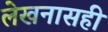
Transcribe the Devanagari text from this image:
लेखनासही